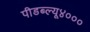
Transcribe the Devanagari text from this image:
पीडब्ल्यू४०००